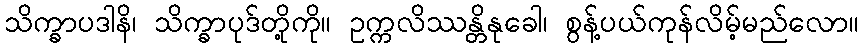
သိက္ခာပဒါနိ၊ သိက္ခာပုဒ်တို့ကို။ ဥက္ကလိဿန္တိနုခေါ၊ စွန့်ပယ်ကုန်လိမ့်မည်လော။